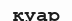
қуар